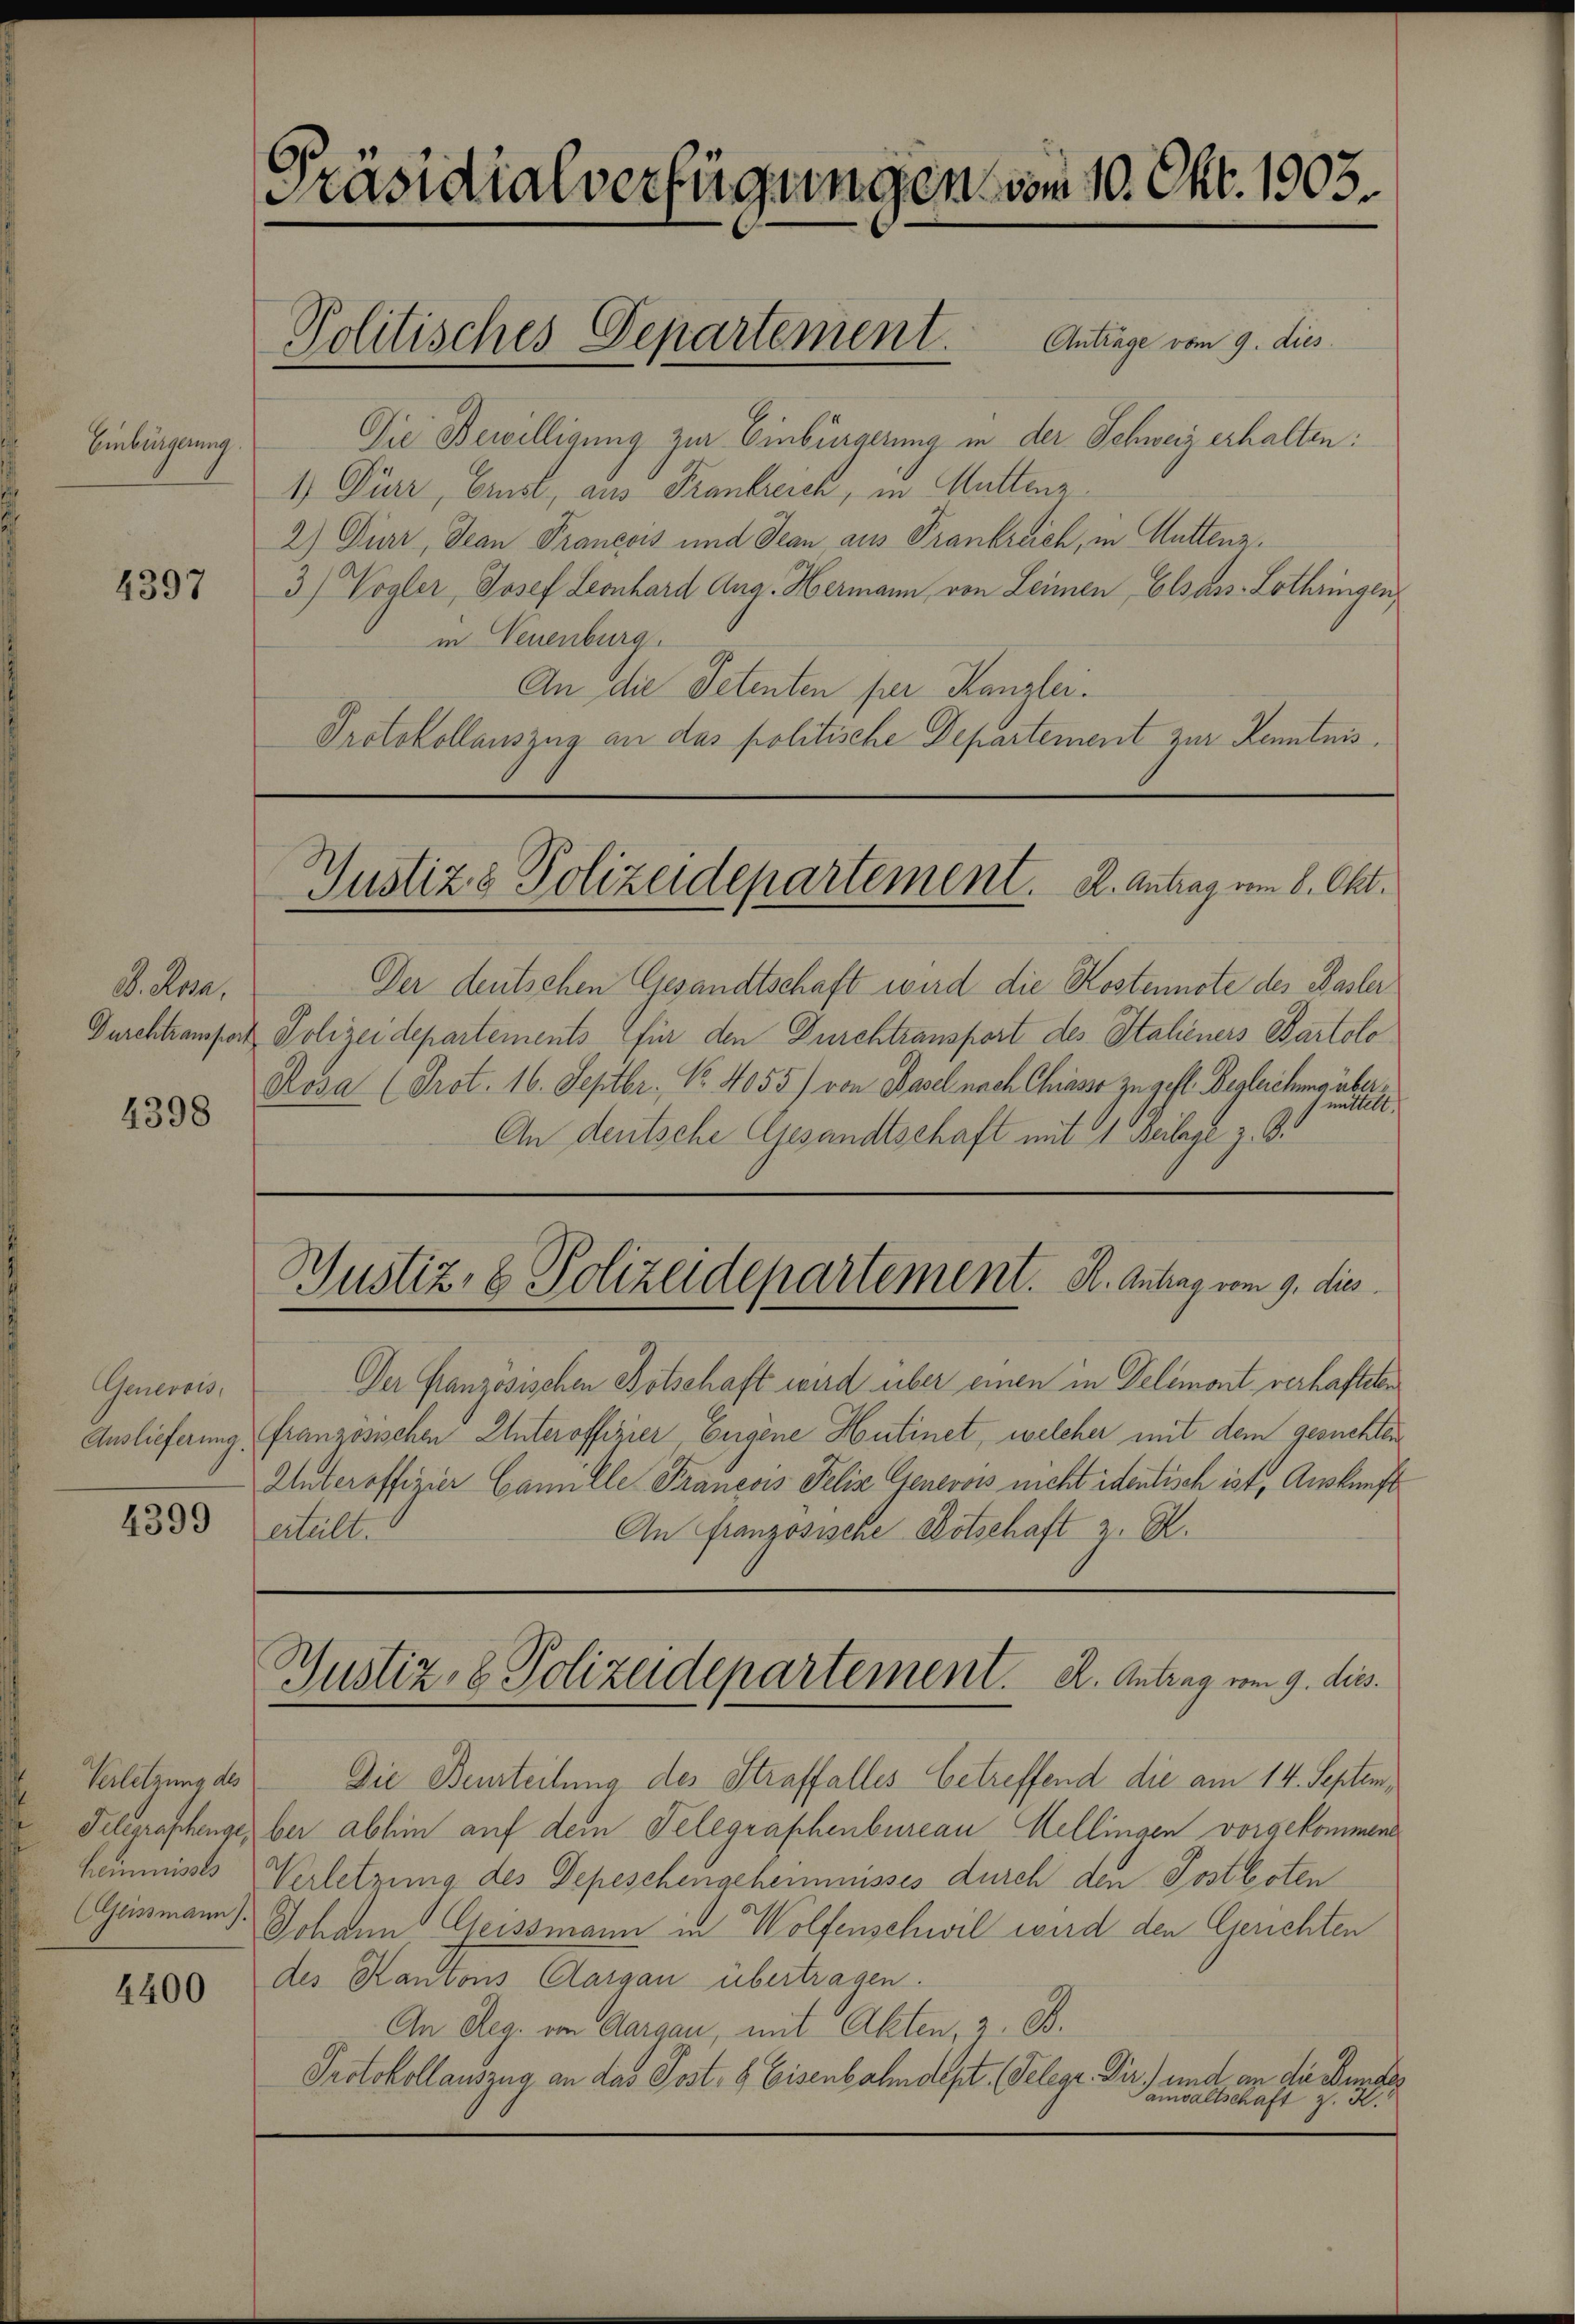
Einbürgerung.

4397

D. Rea
Durchtransport
4398

Genereis,

4399

Verletzung des

4400

Präsidialverfügungen vom 10. Okt. 1903.

Die Bewilligung zur Einbürgerung in der Schweiz erhalten:
1) Dier, Ernst, aus Frankreich, in Muttenz
2) Dier, dean Pranesis und Jean aus Frankreich, in Muttenz¬
3) Vogler, Josef Leonhard Aug. Hermann, von Leimen, Elsass-Lothringen,
in Neuenburg.
An die Petenten per Kanzlei.
Protokollauszug an das politische Departement zur Kenntnis.

Politisches Departement. Antrage vom 9. dies

Justiz & Polizeidepartement. A. Antrag vom 8. Okt.

Justiz- & Polizeidepartement. K. Antrag vom 9. dies

Der deutschen Gesandtschaft wird die Kostennote des Basler
Polizeidepartements für den Durchtransport des Staheners Bartolo
Rosa (Prot. 16. Septbr. No. 4055) von Basel nach Chiasso zu gefl. Begleichung unte
An deutsche Gesandtschaft mit 1. Beilage z. B.
Der französischen Botschaft wird über einen in Delemont, verhafteten
Auslieferung, (französischen Unteroffizier Eugene Hutinet, welcher mit dem gesuchten
Unteroffizier Camille Franesis Felix Genevois nicht identisch ist, Auskunft
An Französische Botschaft z. B.
erteilt.
Justiz- & Polizeidepartement. A. Antrag vom 9. dies
Die Beurteilung des Straffalles betreffend die am 14. Septem¬
Telegraphenge, bei abhin auf dem Telegraphenbureau Hellingen vorgekommene
heimnisses Verletzung des Depeschengeheimnisses durch den Postboten
(Geinmann Johann Geissmann in Wolfenschwil wird den Gerichten
des Kantons Aargau übertragen.
An Reg. von Aargau, mit Akten, z. B.
Protokollauszug an das Post- & Eisenbahndept. Telege Dir. und an die Bund
Tamsaltschaft z. K.